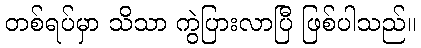
တစ်ရပ်မှာ သိသာ ကွဲပြားလာပြီ ဖြစ်ပါသည်။